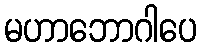
မဟာဘောဂါပေ